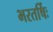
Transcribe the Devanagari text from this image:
भरतर्षिः